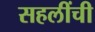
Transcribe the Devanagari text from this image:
सहलींची